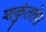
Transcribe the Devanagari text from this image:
शकुंतलेस